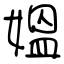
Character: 媼